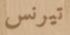
تيرنس